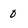
Character: 0